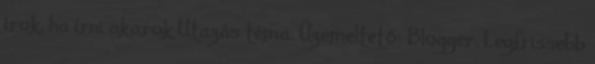
írok, ha írni akarok Utazás téma. Üzemeltető: Blogger. Legfrissebb